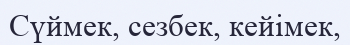
Сүймек, сезбек, кейімек,